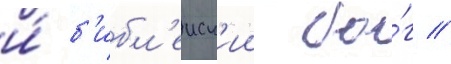
и́ б'ибл'еиск'ии бо́г //